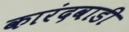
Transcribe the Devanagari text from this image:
कारंदवाडी